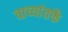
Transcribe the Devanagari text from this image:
चाच्यांतर्फे